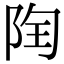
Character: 𨹋